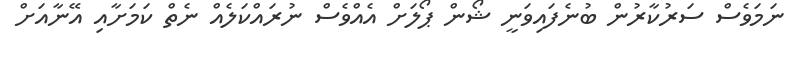
ނަމަވެސް ސަރުކާރުން ބުނެފައިވަނީ ޝޯން ޕޯލަށް އެއްވެސް ނުރައްކަލެއް ނެތް ކަމަށާއި އޭނާއަށް